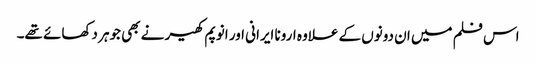
اس فلم میں ان دونوں کے علاوہ ارونا ایرانی اور انوپم کھیر نے بھی جوہر دکھائے تھے۔